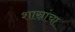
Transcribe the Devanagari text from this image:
शास्रांचा